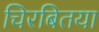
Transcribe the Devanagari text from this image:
चिरबितया